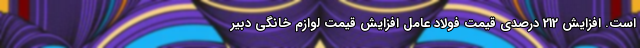
است. افزایش 212 درصدی قیمت فولاد عامل افزایش قیمت لوازم خانگی دبیر